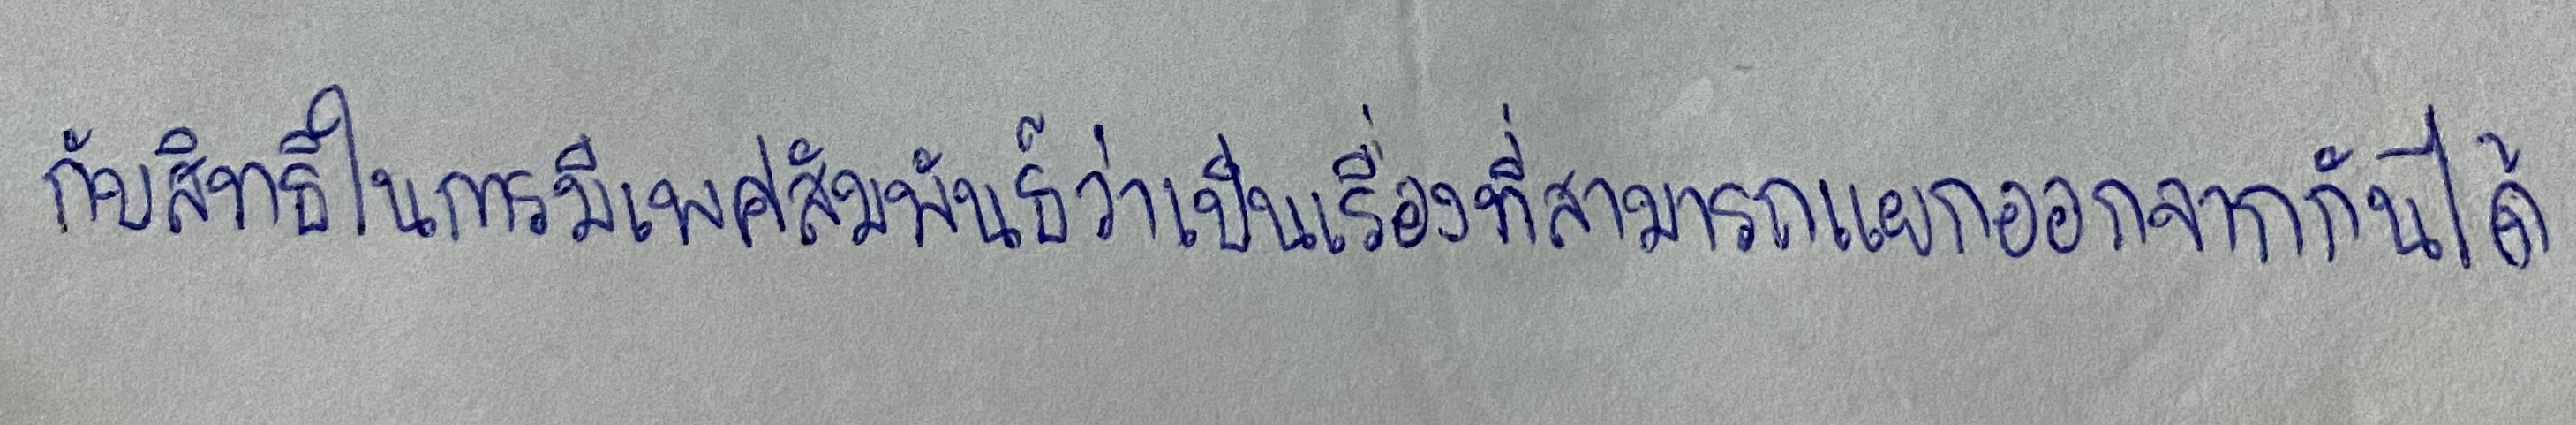
กับสิทธิในการมีเพศสัมพันธ์ว่าเป็นเรื่องที่สามารถแยกออกจากกันได้